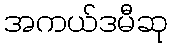
အကယ်ဒမီဆု